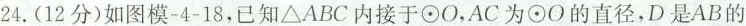
24.(12分)如图模-4-18，已知\triangle ABC内接于⊙O，AC为⊙O的直径，D是AB的